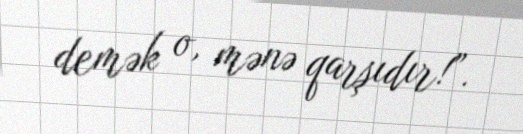
demək o, mənə qarşıdır!”.